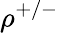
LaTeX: \rho^{+/-}